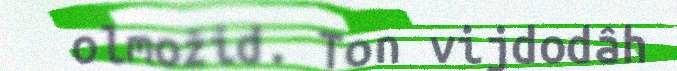
olmožid. Ton vijdodâh